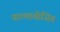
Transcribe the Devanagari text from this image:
प्रात्यायोजित